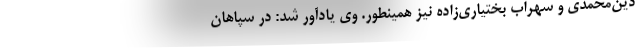
دین‌محمدی و سهراب بختیاری‌زاده نیز همینطور. وی یادآور شد: در سپاهان